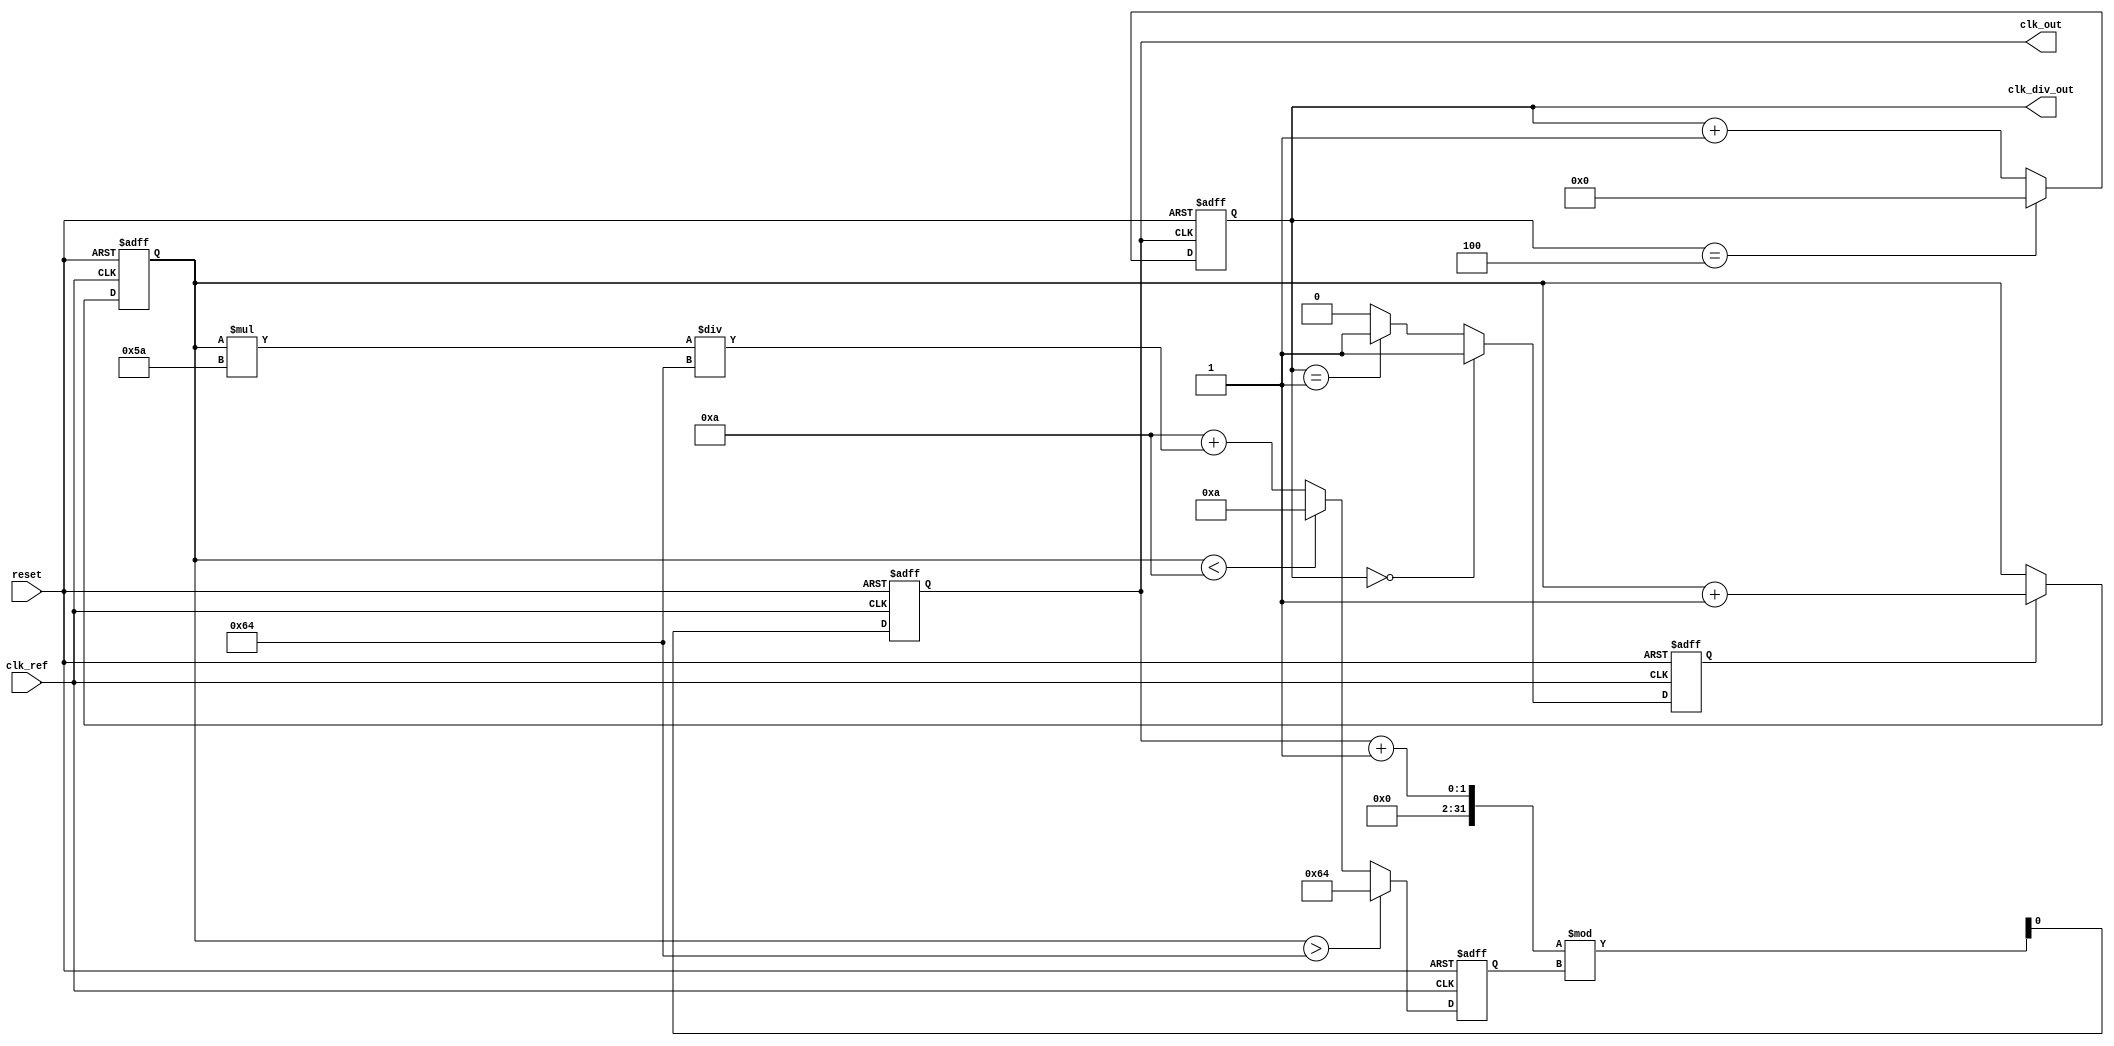
module integer_n_pll (
    input wire clk_ref,            // Reference clock input
    input wire reset,              // Asynchronous reset
    output reg clk_out,            // Output clock
    output wire [N-1:0] clk_div_out // Divided clock output for feedback
);
    parameter N = 4;               // Division factor
    parameter VCO_MAX_FREQ = 100;  // Max VCO frequency in MHz
    parameter VCO_MIN_FREQ = 10;   // Min VCO frequency in MHz
    parameter LOOP_FILTER_BW = 10; // Loop filter bandwidth

    reg [N-1:0] clk_div;           // Feedback divider
    reg [31:0] vco_freq;           // VCO frequency control
    reg phase_error;               // Phase error signal
    reg [31:0] control_voltage;     // Control voltage for VCO
    reg [31:0] loop_filter_out;     // Output of the loop filter

    // Phase Detector (PD)
    always @(posedge clk_ref or posedge reset) begin
        if (reset) begin
            phase_error <= 0;
        end else begin
            // Simple phase detection logic (leading/lagging)
            if (clk_div == 0) begin
                phase_error <= 1; // Output clock lags
            end else if (clk_div == 1) begin
                phase_error <= -1; // Output clock leads
            end else begin
                phase_error <= 0; // Aligned
            end
        end
    end

    // Charge Pump (CP)
    always @(posedge clk_ref or posedge reset) begin
        if (reset) begin
            control_voltage <= 0;
        end else begin
            if (phase_error == 1) begin
                control_voltage <= control_voltage + 1; // Increase voltage
            end else if (phase_error == -1) begin
                control_voltage <= control_voltage - 1; // Decrease voltage
            end
        end
    end

    // Loop Filter (LF) - Simple first-order filter
    always @(posedge clk_ref or posedge reset) begin
        if (reset) begin
            loop_filter_out <= 0;
        end else begin
            loop_filter_out <= (loop_filter_out * (LOOP_FILTER_BW - 1) + control_voltage) / LOOP_FILTER_BW;
        end
    end

    // Voltage-Controlled Oscillator (VCO)
    always @(posedge clk_ref or posedge reset) begin
        if (reset) begin
            vco_freq <= VCO_MIN_FREQ;
            clk_out <= 0;
        end else begin
            // Adjust VCO frequency based on control voltage
            if (control_voltage > 100) begin
                vco_freq <= VCO_MAX_FREQ;
            end else if (control_voltage < 10) begin
                vco_freq <= VCO_MIN_FREQ;
            end else begin
                vco_freq <= VCO_MIN_FREQ + (control_voltage * (VCO_MAX_FREQ - VCO_MIN_FREQ) / 100);
            end
            
            // Generate output clock based on VCO frequency
            clk_out <= (clk_out + 1) % vco_freq;
        end
    end

    // Feedback Divider
    always @(posedge clk_out or posedge reset) begin
        if (reset) begin
            clk_div <= 0;
        end else begin
            clk_div <= clk_div + 1;
            if (clk_div == N) begin
                clk_div <= 0;
            end
        end
    end

    assign clk_div_out = clk_div;

endmodule